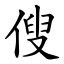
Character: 傁